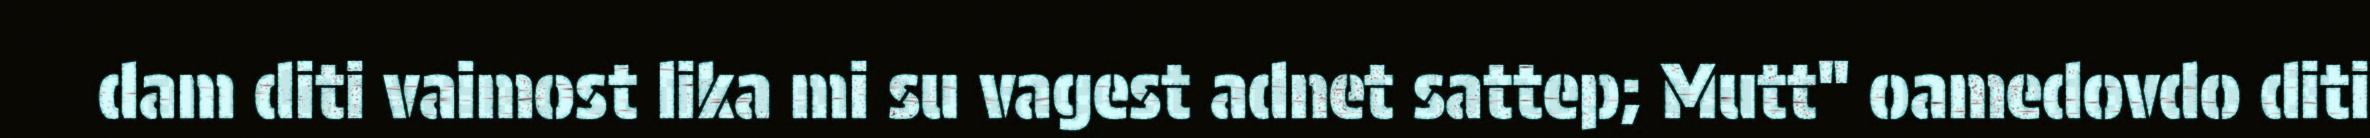
dam diti vaimost lika mi su vagest adnet sattep; Mutt" oamedovdo diti